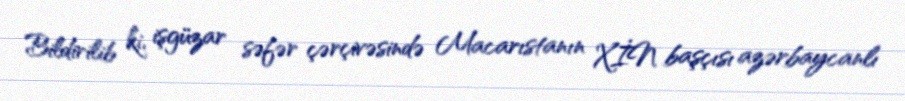
Bildirilib ki, işgüzar səfər çərçivəsində Macarıstanın XİN başçısı azərbaycanlı